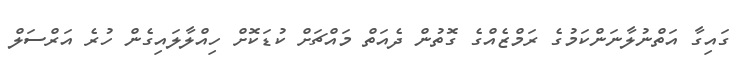
ގައިގާ އަތްނުލާނަންކަމުގެ ރަމްޒެއްގެ ގޮތުން ދެއަތް މައްޗަށް ކުޑަކޮށް ހިއްލާލައިގެން ހުރެ އަރްސަލް